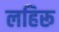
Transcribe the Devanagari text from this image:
लहिरू